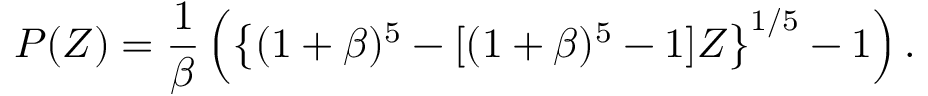
P ( Z ) = \frac { 1 } { \beta } \left( \left\{ ( 1 + \beta ) ^ { 5 } - [ ( 1 + \beta ) ^ { 5 } - 1 ] Z \right\} ^ { 1 / 5 } - 1 \right) .